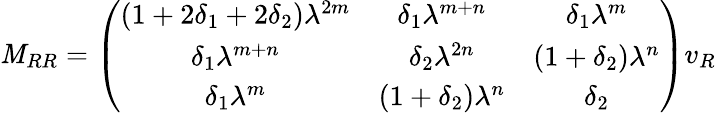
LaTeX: \mathit{M}_{RR}=\left(\begin{array}{ccc}{{(1+2\delta_{1}+2\delta_{2})\lambda^{2m}}}&{{\delta_{1}\lambda^{m+n}}}&{{\delta_{1}\lambda^{m}}}\\ {{\delta_{1}\lambda^{m+n}}}&{{\delta_{2}\lambda^{2n}}}&{{(1+\delta_{2})\lambda^{n}}}\\ {{\delta_{1}\lambda^{m}}}&{{(1+\delta_{2})\lambda^{n}}}&{{\delta_{2}}}\end{array}\right)v_{R}